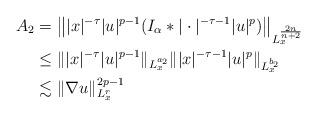
LaTeX: \begin{align*}A_2&=\big\||x|^{-\tau}|u|^{p-1}(I_\alpha \ast|\cdot|^{-\tau-1}|u|^{p})\big\|_{L_x^{\frac{2n}{n+2}}}\\&\leq \||x|^{-\tau}|u|^{p-1}\|_{L_x^{a_2}}\||x|^{-\tau-1}|u|^p\|_{L_x^{b_2}}\\&\lesssim \|\nabla u\|^{2p-1}_{L_x^r}\end{align*}